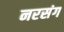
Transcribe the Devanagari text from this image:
नरसंग